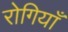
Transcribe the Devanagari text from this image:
रोगियाँ